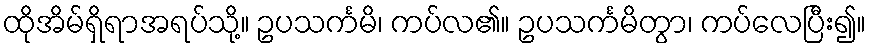
ထိုအိမ်ရှိရာအရပ်သို့။ ဥပသင်္ကမိ၊ ကပ်လ၏။ ဥပသင်္ကမိတွာ၊ ကပ်လေပြီး၍။